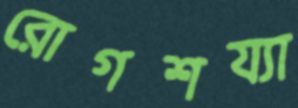
রোগশয্যা